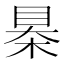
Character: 㮂